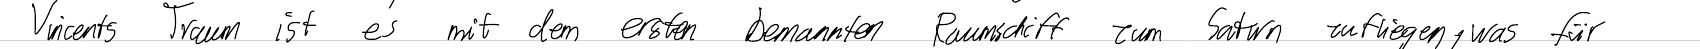
Vincents Traum ist es mit dem ersten bemannten Raumschiff zum Saturn zufliegen, was für